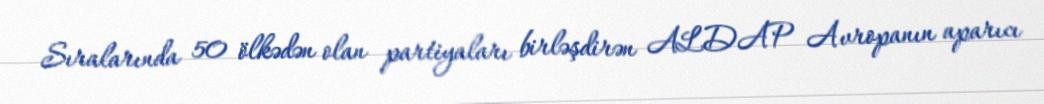
Sıralarında 50 ölkədən olan partiyaları birləşdirən ALDAP Avropanın aparıcı